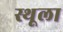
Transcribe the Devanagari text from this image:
स्थूला